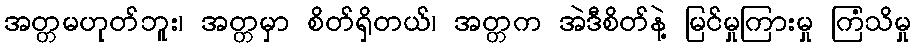
အတ္တမဟုတ်ဘူး၊ အတ္တမှာ စိတ်ရှိတယ်၊ အတ္တက အဲဒီစိတ်နဲ့ မြင်မှုကြားမှု ကြံသိမှု